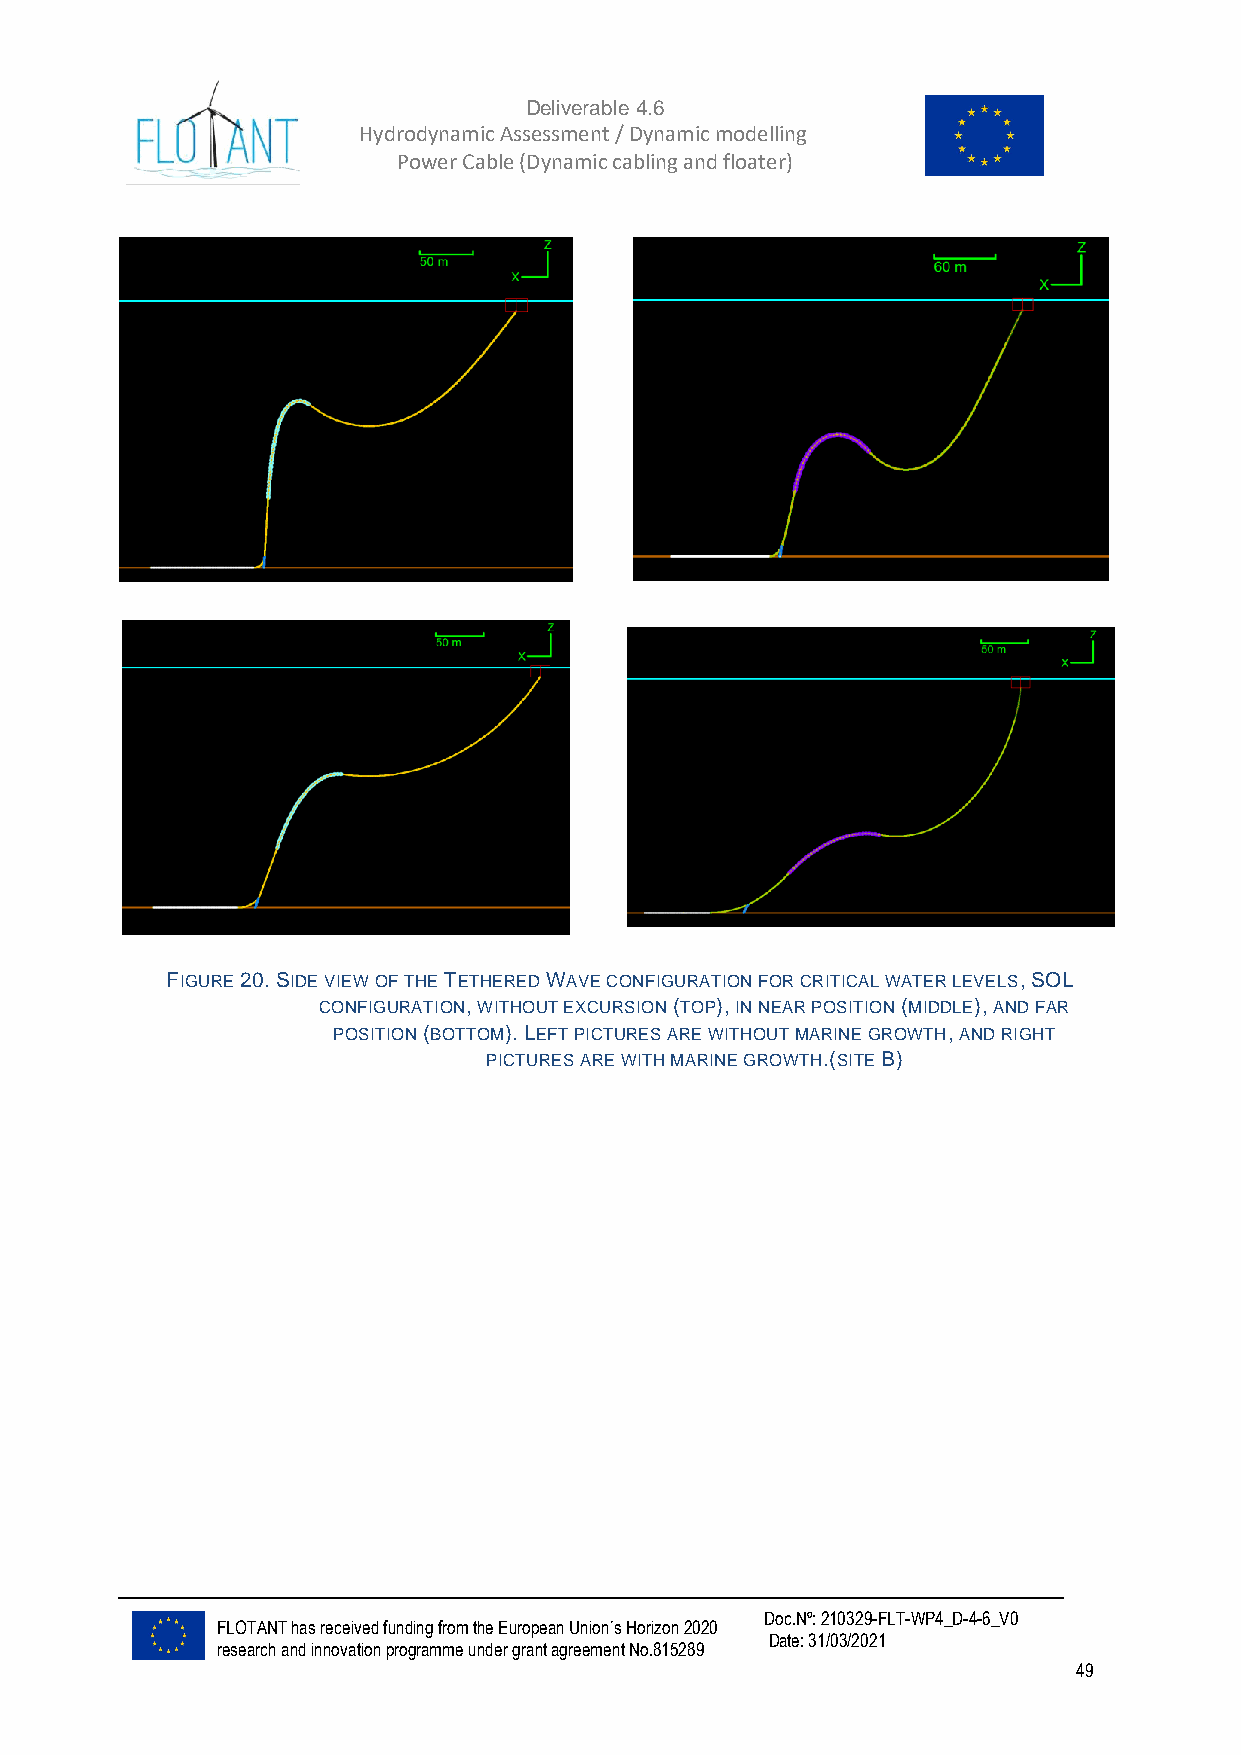
Deliverable 4.6
 Hydrodynamic Assessment / Dynamic modelling of
 Power Cable (Dynamic cabling and floater)
 FIGURE 20. SIDE VIEW OF THE TETHERED WAVE CONFIGURATION FOR CRITICAL WATER LEVELS, SOL
 CONFIGURATION, WITHOUT EXCURSION (TOP), IN NEAR POSITION (MIDDLE), AND FAR
 POSITION (BOTTOM). LEFT PICTURES ARE WITHOUT MARINE GROWTH, AND RIGHT
 PICTURES ARE WITH MARINE GROWTH.(SITE B)
 Doc.Nº: 210329-FLT-WP4_D-4-6_V0
 FLOTANT has received funding from the European Union´s Horizon 2020
 Date: 31/03/2021
 research and innovation programme under grant agreement No.815289
 49